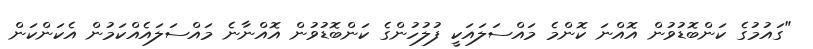
"ގައުމުގެ ކަންބޮޑުވުން އޮއްނަ ކޮންމެ މައްސަލައަކީ ފުލުހުންގެ ކަންބޮޑުވުން އޮއްނާނެ މައްސަލައެއްކަމުން އެކަންކަން